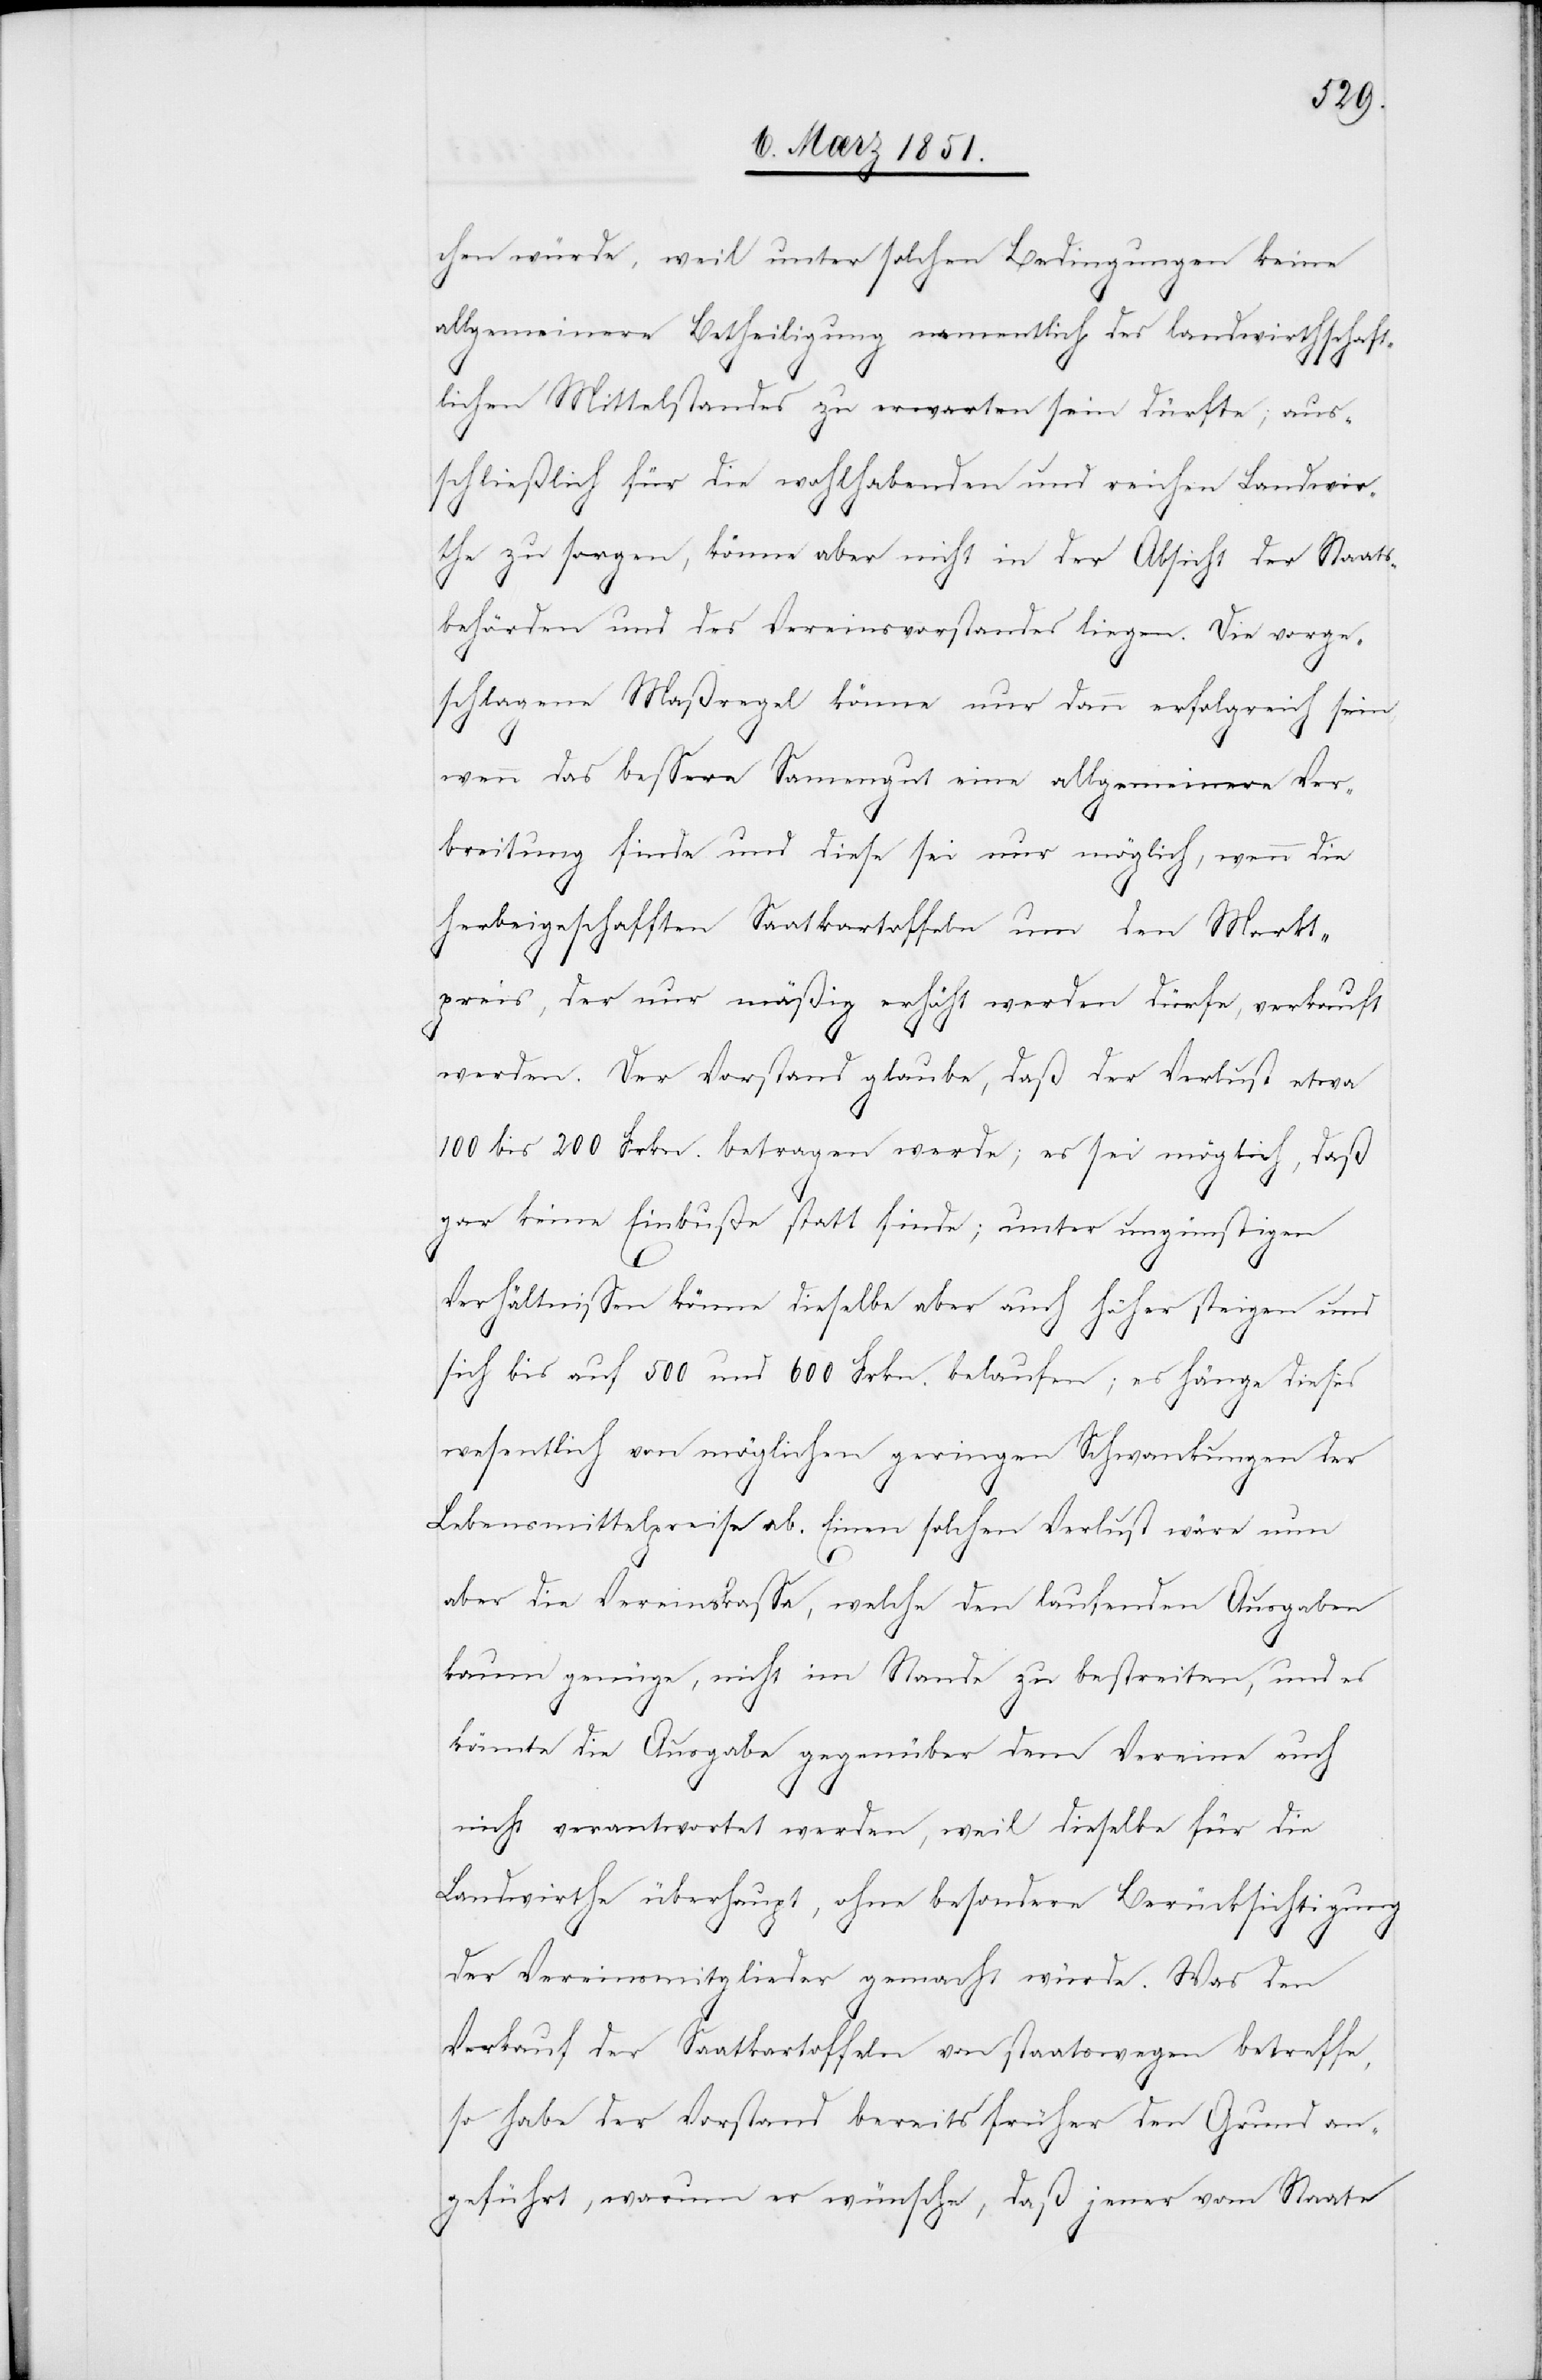
chen würde, weil unter solchen Bedingungen keine
allgemeinere Betheiligung namentlich des landwirthschaft¬
lichen Mittelstandes zu erwarten sein dürfte; aus¬
schließlich für die wohlhabenden und reichen Landwir¬
the zu sorgen, könne aber nicht in der Absicht der Staats¬
behörden und des Vereinsvorstandes liegen. Die vorge¬
schlagene Maßregel könne nur dann erfolgreich sein
wenn das bessere Samengut eine allgemeinere Ver¬
breitung finde und diese sei nur möglich, wenn die
herbeigeschafften Saatkartoffeln um den Markt¬
preis, der nur mäßig erhöht werden dürfe, verkauft
werden. Der Vorstand glaube, daß der Verlust etwa
100 bis 200 Frkn. betragen werde; es sei möglich, daß
gar keine Einbuße statt finde; unter ungünstigen
Verhältnissen könne dieselbe aber auch höher steigen und
sich bis auf 500 und 600 Frkn. belaufen; es hänge dieses
wesentlich von möglichen geringen Schwankungen der
Lebensmittelpreise ab. Einen solchen Verlust wäre nun
aber die Vereinskassa, welche den laufenden Ausgaben
kaum genüge, nicht im Stande zu bestreiten, und es
könnte die Ausgabe gegenüber dem Vereine auch
nicht verantwortet werden, weil dieselbe für die
Landwirthe überhaupt, ohne besondere Berücksichtigung
der Vereinsmitglieder gemacht würde. Was den
Verkauf der Saatkartoffeln von staatswegen betreffe,
so habe der Vorstand bereits früher den Grund an¬
geführt, warum er wünsche, daß jener vom Staate